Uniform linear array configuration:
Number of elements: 12
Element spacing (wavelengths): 0.25
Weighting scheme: hann
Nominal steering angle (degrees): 15
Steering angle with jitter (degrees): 15.769
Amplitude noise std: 0.05
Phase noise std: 0.05

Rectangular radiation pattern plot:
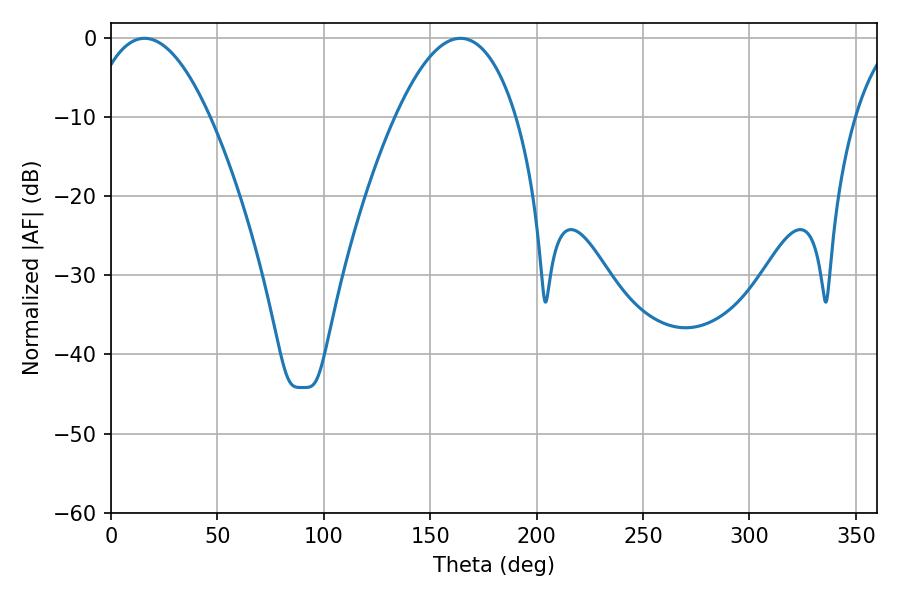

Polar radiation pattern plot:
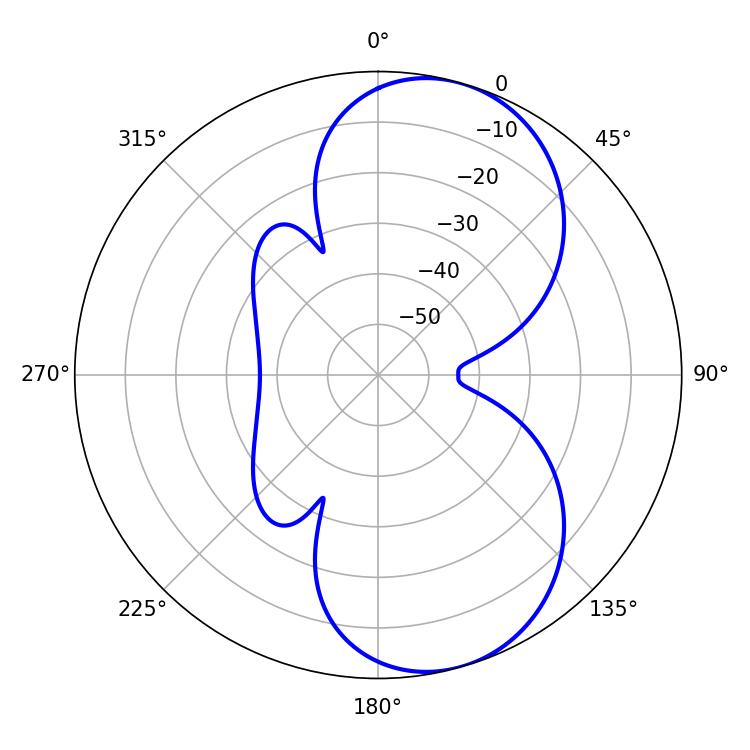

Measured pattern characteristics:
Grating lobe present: FALSE
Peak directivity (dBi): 7.743
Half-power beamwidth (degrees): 31.5
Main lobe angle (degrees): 15.84